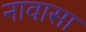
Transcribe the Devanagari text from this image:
नावासा